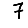
Digit: 7